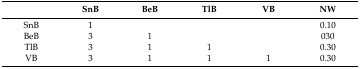
|  | SnB | BeB | TlB | VB | NW |
 | --- | --- | --- | --- | --- | --- |
 | SnB | 1 |  |  |  | 0.10 |
 | BeB | 3 | 1 |  |  | 030 |
 | TlB | 3 | 1 | 1 |  | 0.30 |
 | VB | 3 | 1 | 1 | 1 | 0.30 |